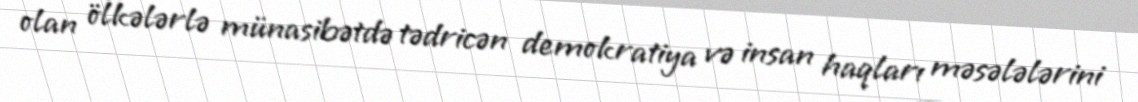
olan ölkələrlə münasibətdə tədricən demokratiya və insan haqları məsələlərini